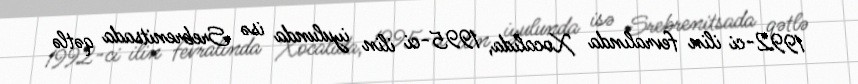
1992-ci ilin fevralında Xocalıda, 1995-ci ilin iyulunda isə Srebrenitsada qətlə